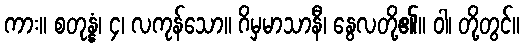
ကား။ စတုန္နံ၊ ၄၊ လကုန်သော။ ဂိမှမာသာနီ၊ နွေလတို့၏။ ဝါ၊ တို့တွင်။